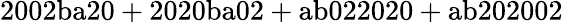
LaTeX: \mathrm{2002ba20+2020ba02+ab022020+ab202002}